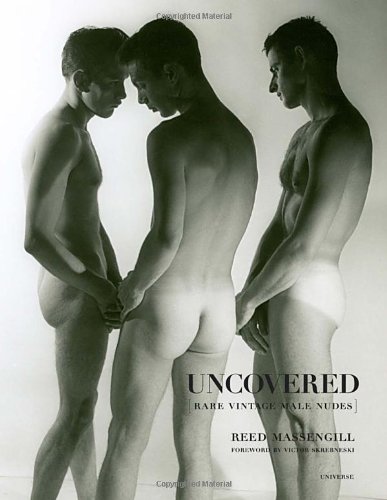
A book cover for Uncovered: Rare Vintage Male Nudes; Reed Massengill; Arts & Photography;